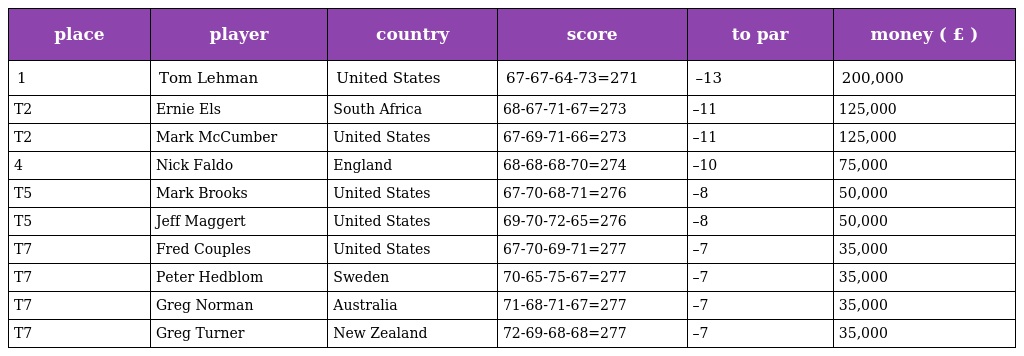
| place | player | country | score | to par | money ( £ ) |
 | --- | --- | --- | --- | --- | --- |
 | 1 | Tom Lehman | United States | 67-67-64-73=271 | –13 | 200,000 |
 | T2 | Ernie Els | South Africa | 68-67-71-67=273 | –11 | 125,000 |
 | T2 | Mark McCumber | United States | 67-69-71-66=273 | –11 | 125,000 |
 | 4 | Nick Faldo | England | 68-68-68-70=274 | –10 | 75,000 |
 | T5 | Mark Brooks | United States | 67-70-68-71=276 | –8 | 50,000 |
 | T5 | Jeff Maggert | United States | 69-70-72-65=276 | –8 | 50,000 |
 | T7 | Fred Couples | United States | 67-70-69-71=277 | –7 | 35,000 |
 | T7 | Peter Hedblom | Sweden | 70-65-75-67=277 | –7 | 35,000 |
 | T7 | Greg Norman | Australia | 71-68-71-67=277 | –7 | 35,000 |
 | T7 | Greg Turner | New Zealand | 72-69-68-68=277 | –7 | 35,000 |